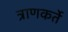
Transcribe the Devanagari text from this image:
त्राणकर्ते